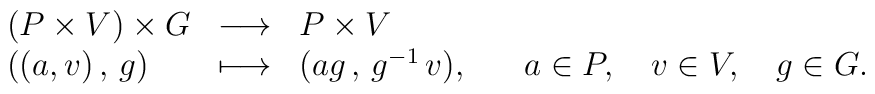
\begin{array}{lcl} (P \times V) \times G & \longrightarrow & P \times V \\ \big( (a,v) \, , \,  g \big) & \longmapsto & (ag \, , \, g^{-1} \, v), \hspace{0.7cm} a \in P, \quad v \in V, \quad g \in G.\end{array}